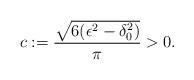
LaTeX: \begin{align*}c:=\frac{\sqrt{6(\epsilon^2-\delta_0^2)}}{\pi}>0.\end{align*}